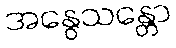
အနွေသန္တော